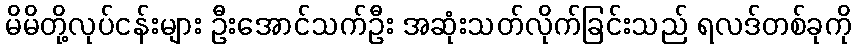
မိမိတို့လုပ်ငန်းများ ဦးအောင်သက်ဦး အဆုံးသတ်လိုက်ခြင်းသည် ရလဒ်တစ်ခုကို